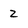
Character: z